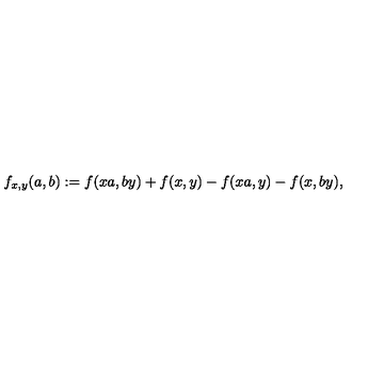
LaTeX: f _ { x , y } ( a , b ) : = f ( x a , b y ) + f ( x , y ) - f ( x a , y ) - f ( x , b y ) ,